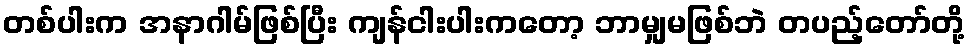
တစ်ပါးက အနာဂါမ်ဖြစ်ပြီး ကျန်ငါးပါးကတော့ ဘာမျှမဖြစ်ဘဲ တပည့်တော်တို့